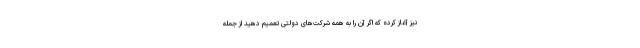
نیز آغاز کرده که اگر آن را به همه شرکت‌های دولتی تعمیم دهید از جمله